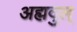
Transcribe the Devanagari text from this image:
अह्मदुल्